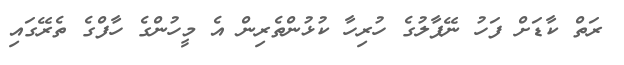
ރަތް ކާޑަށް ފަހު ނޭޕާލުގެ ހުރިހާ ކުޅުންތެރިން އެ މީހުންގެ ހާފްގެ ތެރޭގައި